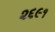
૨૬૯૧